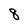
Character: 8